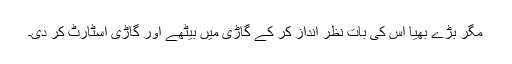
مگر بڑے بھیا اس کی بات نظر انداز کر کے گاڑی میں بیٹھے اور گاڑی اسٹارٹ کر دی۔